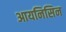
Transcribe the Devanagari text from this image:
आयनिसिन